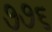
૭૭૬